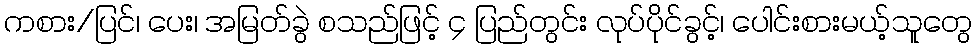
ကစား/ပြင်၊ ပေး၊ အမြတ်ခွဲ စသည်ဖြင့် ၄ ပြည်တွင်း လုပ်ပိုင်ခွင့်၊ ပေါင်းစားမယ့်သူတွေ